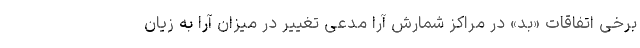
برخی اتفاقات «بد» در مراکز شمارش آرا مدعی تغییر در میزان آرا به زیان